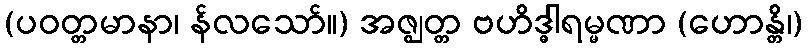
(ပဝတ္တမာနာ၊ န်လသော်။) အဇ္ဈတ္တ ဗဟိဒ္ဓါရမ္မဏာ (ဟောန္တိ၊)